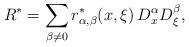
LaTeX: \begin{align*} R^*=\sum_{\beta \neq 0} r^*_{\alpha,\beta}(x,\xi)\,D^\alpha_x D^\beta_{\xi},\end{align*}